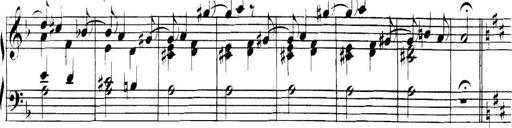
Title: Collected Piano Sonatas
Composer: Muzio Clementi